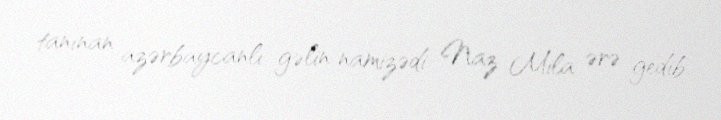
tanınan azərbaycanlı gəlin namizədi Naz Mila ərə gedib.